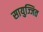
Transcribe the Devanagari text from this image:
सायुज्जित